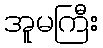
အူမကြီး